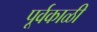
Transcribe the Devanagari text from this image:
पूर्वकाळी